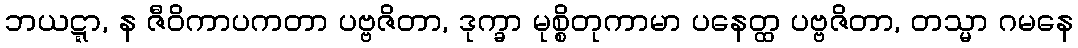
ဘယဋ္ဋာ, န ဇီဝိကာပကတာ ပဗ္ဗဇိတာ, ဒုက္ခာ မုစ္စိတုကာမာ ပနေတ္ထ ပဗ္ဗဇိတာ, တသ္မာ ဂမနေ